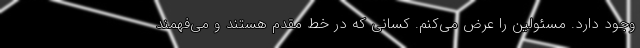
وجود دارد. مسئولین را عرض می‌کنم. کسانی که در خط مقدم هستند و می‌فهمند